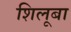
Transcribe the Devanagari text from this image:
शिलूबा